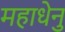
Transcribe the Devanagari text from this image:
महाधेनु